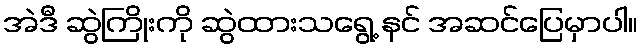
အဲဒီ ဆွဲကြိုးကို ဆွဲထားသရွေ့ နင် အဆင်ပြေမှာပါ။